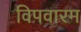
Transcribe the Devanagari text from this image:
विपवारम